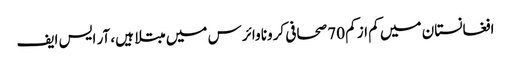
افغانستان میں کم از کم 70 صحافی کرونا وائرس میں مبتلا ہیں، آر ایس ایف